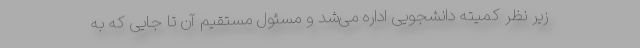
زیر نظر كمیته دانشجویی اداره می‌شد و مسئول مستقیم آن تا جایی كه به